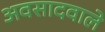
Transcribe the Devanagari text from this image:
अवसादवाले